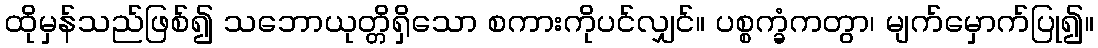
ထိုမှန်သည်ဖြစ်၍ သဘောယုတ္တိရှိသော စကားကိုပင်လျှင်။ ပစ္စက္ခံကတွာ၊ မျက်မှောက်ပြု၍။